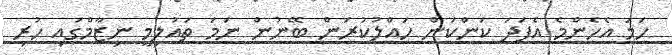
ހަމަ އެހެންމެ އެފަދަ ކަންކަން ހައްލުކުރަން ބޭނުން ނަމަ ތައުލިމީ ނިޒާމްގައި ހުރި